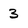
Character: 3